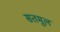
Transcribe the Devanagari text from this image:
सतमूल